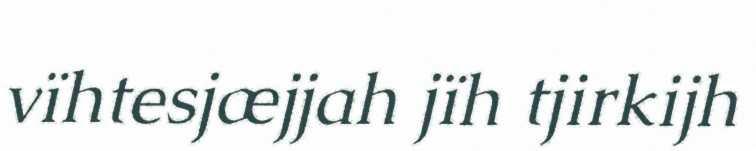
vïhtesjæjjah jïh tjirkijh